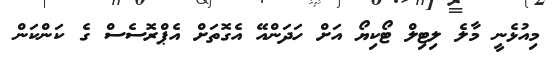
މިއުޅެނީ މާލެ ލިޓިލް ޓޯކިޔޯ އަށް ހަދަންއޭ އެގޮތަށް އެޕްރޮސެސް ގެ ކަންކަން